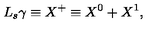
\ensuremath { L _ { s } } \gamma \equiv \ensuremath { X ^ { + } } \equiv X ^ { 0 } + X ^ { 1 } , \qquad